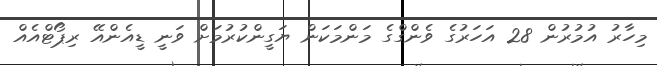
މިހާރު އުމުރުން 28 އަހަރުގެ ވެންގްގެ މަންމަކަން ޔަގީންކުރުމަށް ވަނީ ޑީއެންއޭ ރިޕޯޓްއެއް